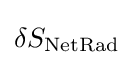
\delta S_{\text{NetRad}}